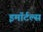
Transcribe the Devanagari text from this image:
इमॉर्टल्स